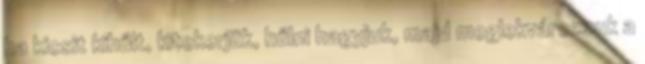
ha kicsit kihűlt, kitekerjük, hűlni hagyjuk, majd meglekvározzuk a